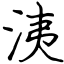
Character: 洟